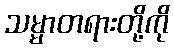
သမ္မာတရားတို့ကို